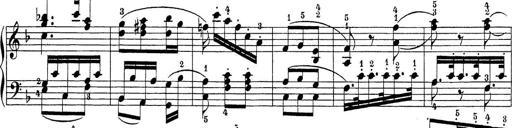
Title: Sonatina Album
Composer: Louis KÃ¶hler